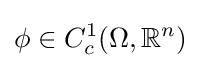
\phi \in C_{c}^{1}(\Omega ,\mathbb {R} ^{n})